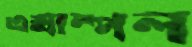
এক্সাম্পল